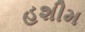
હશીમ